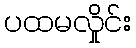
ပထမလှိုင်း